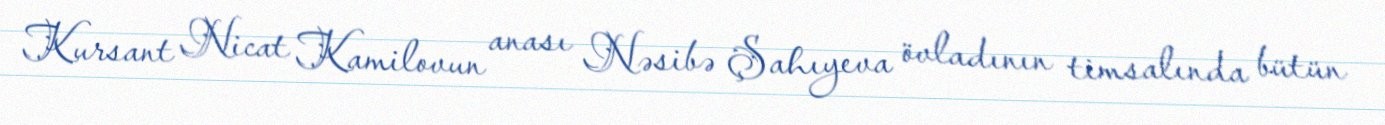
Kursant Nicat Kamilovun anası Nəsibə Şahıyeva övladının timsalında bütün